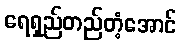
ရေရှည်တည်တံ့အောင်